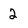
Character: 2